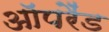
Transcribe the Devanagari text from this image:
ऑपरैंड